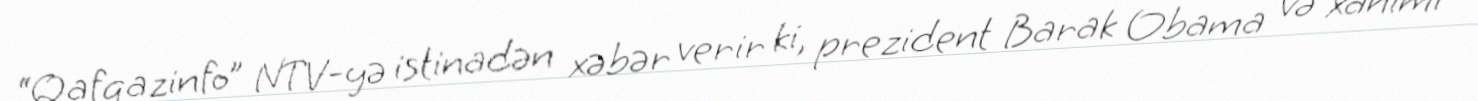
“Qafqazinfo” NTV-yə istinadən xəbər verir ki, prezident Barak Obama və xanımı